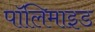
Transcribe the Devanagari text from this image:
पॉलिमाइड